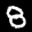
Label: 8